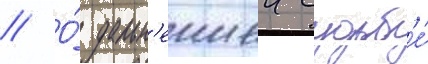
// О́ дальн'еишеи судьб'е́